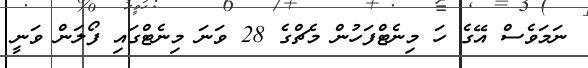
ނަމަވެސް އޭގެ ހަ މިނެޓްފަހުން މެޗްގެ 28 ވަނަ މިނެޓްގައި ފޯލަން ވަނީ